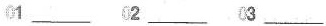
01___ 02___ 03___